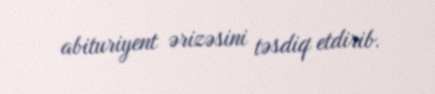
abituriyent ərizəsini təsdiq etdirib.